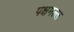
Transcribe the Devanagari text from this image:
पक्षमल्ल